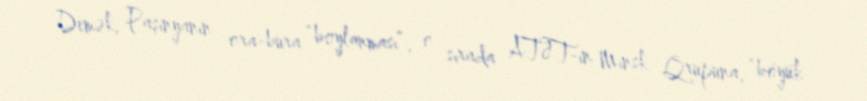
Demək, Paşinyanın ora-bura “boylanması”, o sırada ATƏT-in Minsk Qrupuna, “böyük